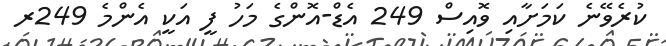
ކުރެވޭނެ ކަމަށާއި ވޮއިސް 249 އެޑް-އޮންގެ މަހު ފީ އަކީ އެންމެ 249ރ